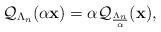
LaTeX: \begin{align*}\mathcal Q_{\Lambda_n}(\alpha\mathbf x) = \alpha\mathcal Q_{\frac{\Lambda_n}{\alpha}}(\mathbf x),\end{align*}